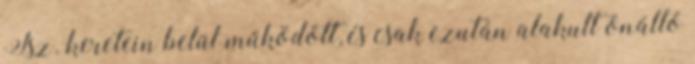
Tsz. keretein belül működött, és csak ezután alakult önálló